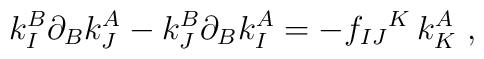
k^B_I\partial_Bk^A_J-k^B_J\partial_Bk^A_I =-f_{IJ}{}^K\, k^A_K\ ,